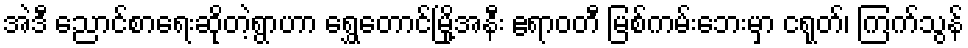
အဲဒီ ညောင်စာရေးဆိုတဲ့ရွာဟာ ရွှေတောင်မြို့အနီး ဧရာဝတီ မြစ်ကမ်းဘေးမှာ ငရုတ်၊ ကြက်သွန်